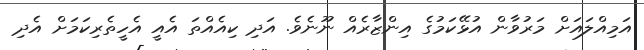
އަމިއްލައަށް މަރުވާން އުޅޭކަމުގެ އިންޒާރެއް ނޫނެވެ. އަދި ކިއެއްތަ އެއީ އެހީތެރިކަމަށް އެދި